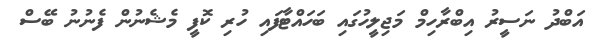
އަބްދު ނަސީރު އިބްރާހިމް މަޖިލީހުގައި ބަހައްޓާފައި ހުރި ކޮފީ މެޝެނުން ފެނުނު ބޭސް